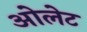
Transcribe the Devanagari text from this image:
ओलेट